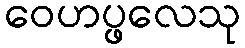
ဝေဟပ္ဖလေသု